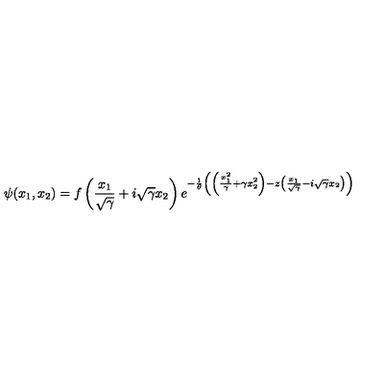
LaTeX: \psi ( x _ { 1 } , x _ { 2 } ) = f \left( \frac { x _ { 1 } } { \sqrt { \gamma } } + i \sqrt { \gamma } x _ { 2 } \right) e ^ { - \frac { 1 } { \theta } \left( \left( \frac { x _ { 1 } ^ { 2 } } { \gamma } + \gamma x _ { 2 } ^ { 2 } \right) - z \left( \frac { x _ { 1 } } { \sqrt { \gamma } } - i \sqrt { \gamma } x _ { 2 } \right) \right) }